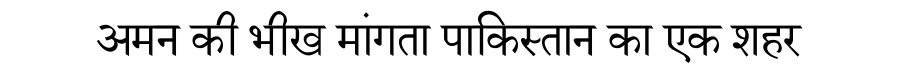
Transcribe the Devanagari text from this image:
अमन की भीख मांगता पाकिस्तान का एक शहर